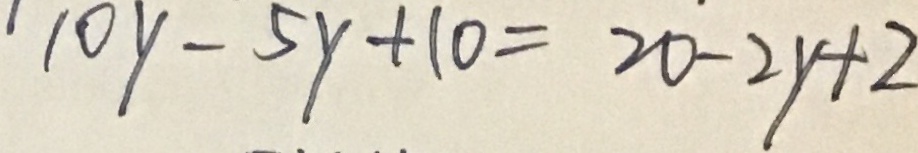
1 0 y - 5 y + 1 0 = 2 0 - 2 y + 2